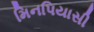
મિનપિયાસી